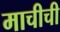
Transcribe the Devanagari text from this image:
माचीची